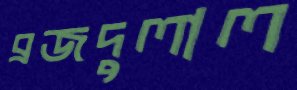
ব্রজদুলাল